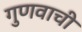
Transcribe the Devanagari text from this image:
गुणवाची